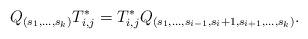
LaTeX: \begin{align*} Q_{(s_1,\ldots, s_k)}T_{i,j}^*=T_{i,j}^*Q_{(s_1,\ldots,s_{i-1}, s_{i}+1, s_{i+1},\ldots, s_k)}.\end{align*}